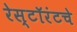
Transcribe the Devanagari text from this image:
रेस्टॉरंटचे